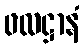
ဖလဋ္ဌာနံ